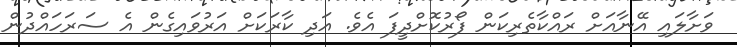
ވަށާލައި އޭނާއަށް ރައްކާތެރިކަން ފޯރުކޮށްދީފަ އެވެ. އަދި ކާރަކަށް އަރުވައިގެން އެ ސަރަހައްދުން